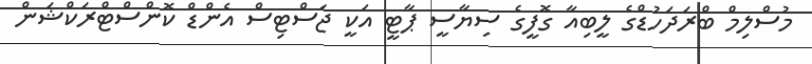
މުސްލިމް ބްރަދަހުޑްގެ ލީބިއާ ގޮފީގެ ސިޔާސީ ޕާޓީ އަކީ ޖަސްޓިސް އެންޑް ކޮންސްޓްރަކްޝަން